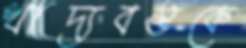
খাদ্যবস্তুকে